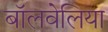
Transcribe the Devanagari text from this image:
बॉलवेलिया